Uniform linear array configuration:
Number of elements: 4
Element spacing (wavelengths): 1
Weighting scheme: cosine
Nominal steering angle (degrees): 30
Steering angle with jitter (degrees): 31.382
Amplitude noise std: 0.05
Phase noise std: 0.05

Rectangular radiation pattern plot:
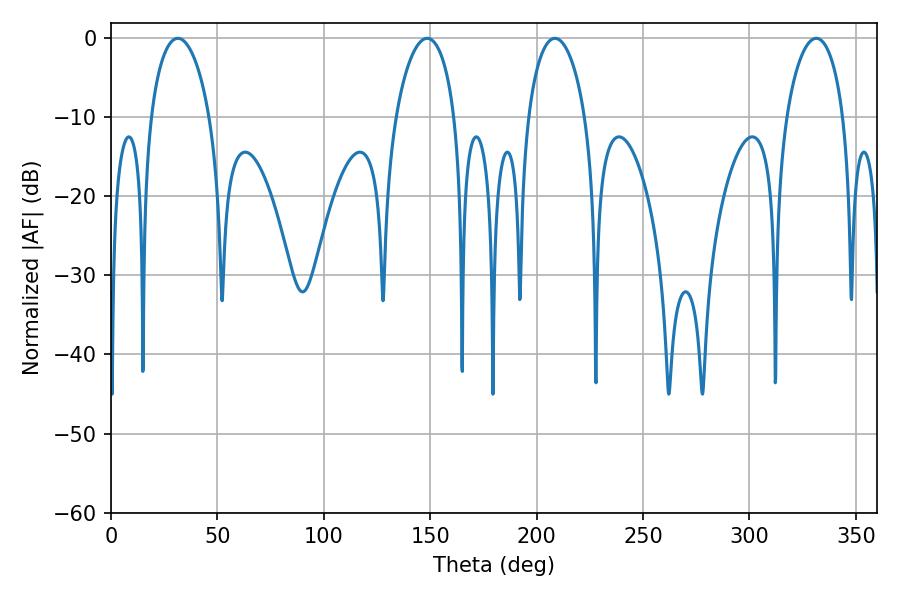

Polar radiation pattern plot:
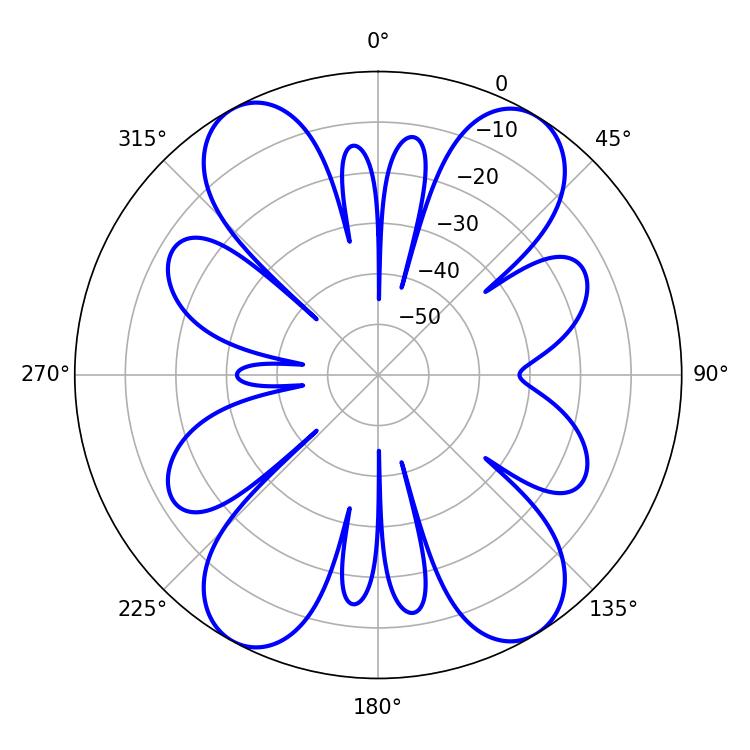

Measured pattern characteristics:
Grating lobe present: TRUE
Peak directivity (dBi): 18.527
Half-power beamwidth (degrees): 15.3
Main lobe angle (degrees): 208.62